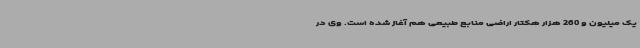
یک میلیون و 260 هزار هکتار اراضی منابع طبیعی هم آغاز شده است. وی در